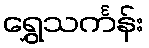
ရွှေသင်္ကန်း